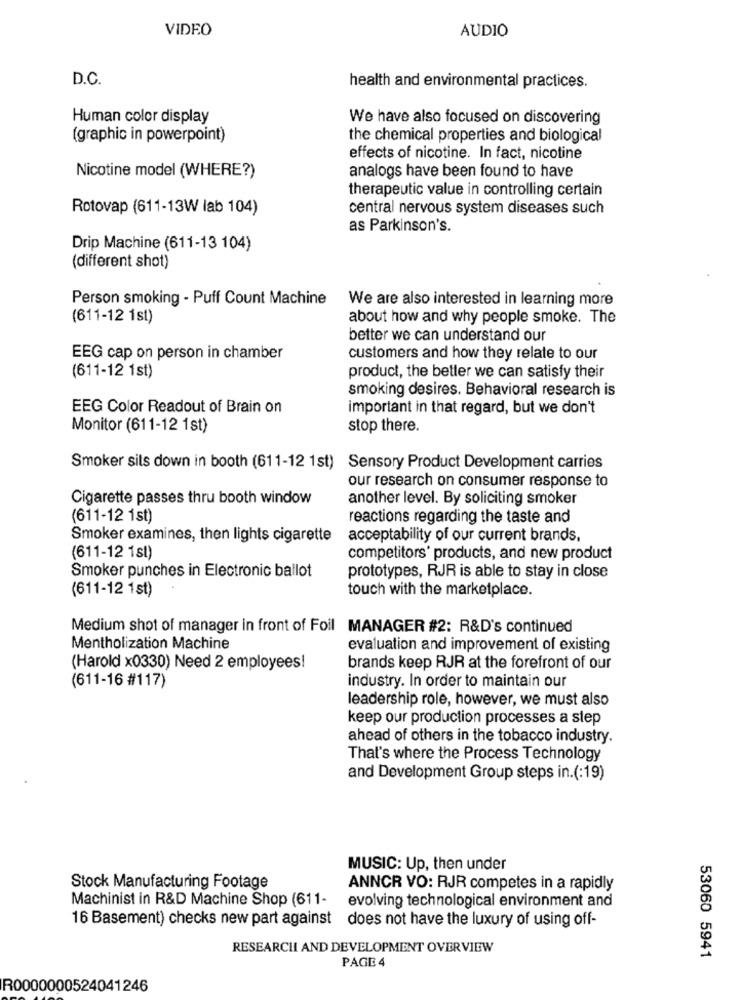
VIDEO
AUDIO
D.C.
health and environmental practices.
Human color display
We have also focused on discovering
(graphic in powerpoint)
the chemical properties and biological
effects of nicotine. In fact, nicotine
Nicotine model (WHERE?)
analogs have been found to have
therapeutic value in controlling certain
Rotovap (611-13W lab 104)
central nervous system diseases such
as Parkinson's.
Drip Machine (611-13 104)
(different shot)
Person smoking - Puff Count Machine
We are also interested in learning more
(611-12 1st)
about how and why people smoke. The
better we can understand our
EEG cap on person in chamber
customers and how they relate to our
(611-12 1st)
product, the better we can satisfy their
smoking desires. Behavioral research is
EEG Color Readout of Brain on
important in that regard, but we don't
Monitor (611-12 1st)
stop there.
Smoker sits down in booth (611-12 1st) Sensory Product Development carries
our research on consumer response to
Cigarette passes thru booth window
another level. By soliciting smoker
(611-12 1st)
reactions regarding the taste and
Smoker examines, then lights cigarette
acceptability of our current brands,
(611-12 1sl)
competitors' products, and new product
Smoker punches in Electronic ballot
prototypes, RJR is able to stay in close
(611-12 1st)
touch with the marketplace.
Medium shot of manager in front of Foil MANAGER #2: R&D's continued
Mentholization Machine
evaluation and improvement of existing
(Harold x0330) Need 2 employees!
brands keep RJR at the forefront of our
industry. In order to maintain our
(611-16 #117)
leadership role, however, we must also
keep our production processes a step
ahead of others in the tobacco industry.
That's where the Process Technology
and Development Group steps in.(:19)
MUSIC: Up, then under
Stock Manufacturing Footage
ANNCR VO: RJR competes in a rapidly
Machinist in R&D Machine Shop (611-
evolving technological environment and
16 Basement) checks new part against does not have the luxury of using off-
RESEARCH AND DEVELOPMENT OVERVIEW
PAGE 4
53060 5941
R0000000524041246